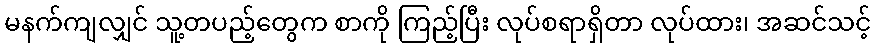
မနက်ကျလျှင် သူ့တပည့်တွေက စာကို ကြည့်ပြီး လုပ်စရာရှိတာ လုပ်ထား၊ အဆင်သင့်